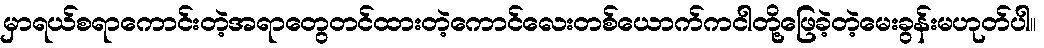
မှာရယ်စရာကောင်းတဲ့အရာတွေတင်ထားတဲ့ကောင်လေးတစ်ယောက်ကငါတို့ဖြေခဲ့တဲ့မေးခွန်းမဟုတ်ပါ။